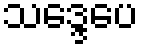
သဒ္ဒေပေ